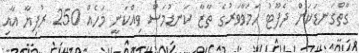
ގާތްގަނޑަކަށް ދެފޫޓު ހަމަވާވަރުގެ ތާޒާ ކަނޑުމަސް ވިއްކަނީ މަހެއް 250 ރުފިޔާ އާއި